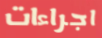
اجراءات